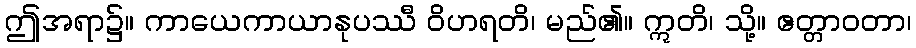
ဤအရာ၌။ ကာယေကာယာနုပဿီ ဝိဟရတိ၊ မည်၏။ ဣတိ၊ သို့။ ဧတ္တာဝတာ၊